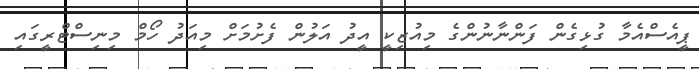
ޕީއެސްއެމާ ގުޅިގެން ފަންނާނުންގެ މިއުޒިކީ އީދު އަލުން ފެށުމަށް މިއަދު ހޯމް މިނިސްޓްރީގައި